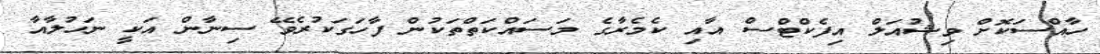
ހާއްސަކޮށް ވިޝުއަލް އިފެކްޓްސް އާއި ކެމެރާގެ މަސައްކަތްތަކުން ފާހަގަކުރެވޭ ސިނާން އަކީ ނަހުލާއާ